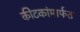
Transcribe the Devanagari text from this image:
कीटकांमार्फत